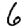
Digit: 6